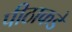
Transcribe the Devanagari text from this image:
पीठाकडे